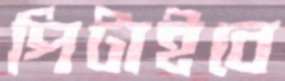
পিটাইবে